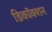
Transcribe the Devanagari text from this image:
डिकॉक्शन